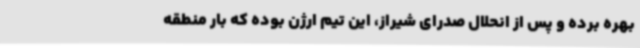
بهره برده و پس از انحلال صدرای شیراز، این تیم ارژن بوده که بار منطقه